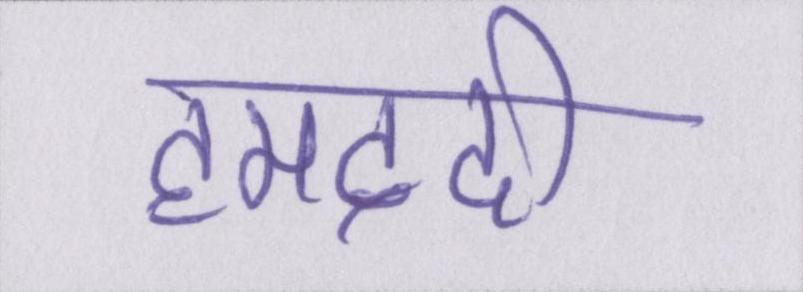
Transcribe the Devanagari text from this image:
हमदर्दी